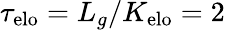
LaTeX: \tau_{\mathrm{elo}}=L_{g}/K_{\mathrm{elo}}=2